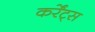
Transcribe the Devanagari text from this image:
कर्रेंट्स